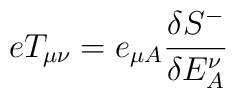
eT_{\mu\nu}= e_{\mu A}\frac{\delta{S}^-}{\delta E^\nu_A}